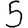
Digit: 5